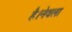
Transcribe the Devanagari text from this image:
है।नेवला